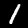
Label: 1